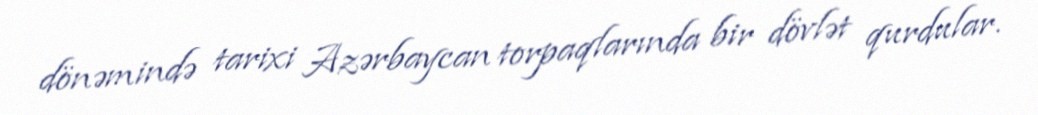
dönəmində tarixi Azərbaycan torpaqlarında bir dövlət qurdular.